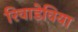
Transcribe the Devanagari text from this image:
रिवाडेविया